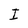
Character: I